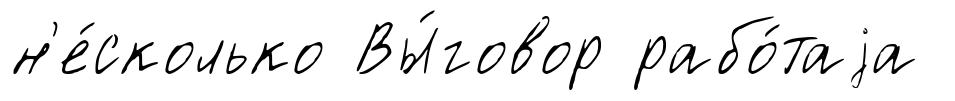
н'е́сколько Вы́говор рабо́таjа